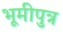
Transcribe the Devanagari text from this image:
भूमीपुत्र